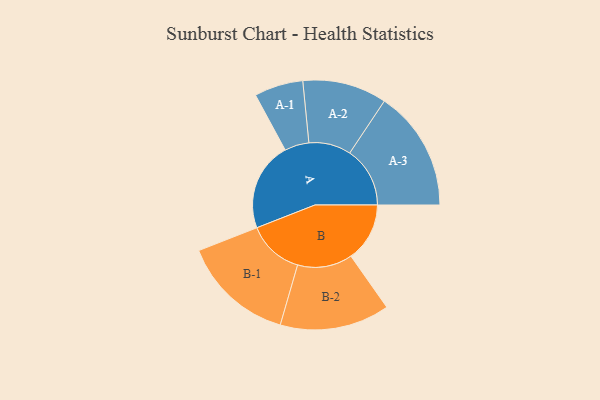
{"axis": {"x": "Segment", "y": "Value"}, "legend": ["", "A", "B"], "data": [{"x": "A", "y": 411, "type": ""}, {"x": "B", "y": 272, "type": ""}, {"x": "A-1", "y": 113, "type": "A"}, {"x": "A-2", "y": 195, "type": "A"}, {"x": "A-3", "y": 279, "type": "A"}, {"x": "B-1", "y": 260, "type": "B"}, {"x": "B-2", "y": 254, "type": "B"}]}